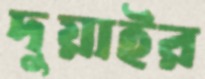
দুয়াইর